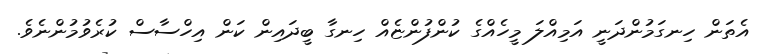
އެތަން ހިނގަމުންދަނީ އަމިއްލަ މީހެއްގެ ކުންފުންޏެއް ހިނގާ ބީދައިން ކަން އިހްސާސް ކުރެވުމުންނެވެ.